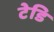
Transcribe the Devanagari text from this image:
टेडि